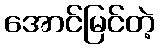
အောင်မြင်တဲ့